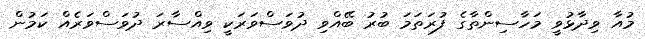
މުއާ ވިދާޅުވީ މަހާސިންތާގެ ފުރަތަމަ ބުރު ބޭއްވި ދުވަސްވަރަކީ ވިއްސާރަ ދުވަސްވަރެއް ކަމުން